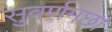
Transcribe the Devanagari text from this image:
सुवर्णमछा